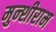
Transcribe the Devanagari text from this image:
मुन्शीराम